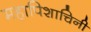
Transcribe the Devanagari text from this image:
महापिशाचिनी